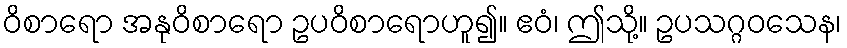
ဝိစာရော အနုဝိစာရော ဥပဝိစာရောဟူ၍။ ဧဝံ၊ ဤသို့။ ဥပသဂ္ဂဝသေန၊